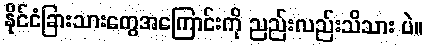
နိုင်ငံခြားသားတွေအကြောင်းကို ညည်းလည်းသိသား ပဲ။